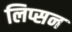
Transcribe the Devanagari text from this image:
लिप्सन